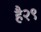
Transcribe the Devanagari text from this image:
है२९